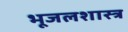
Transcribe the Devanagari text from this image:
भूजलशास्त्र